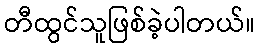
တီထွင်သူဖြစ်ခဲ့ပါတယ်။